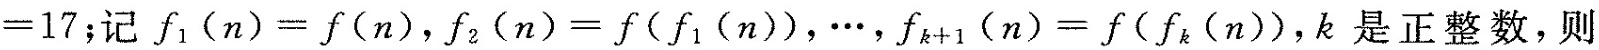
=17；记$$f_{1}(n)=f(n)$$，$$f_{2}(n)=f(f_{1}(n))^{3}$$，\cdots ，f_{k+1}(n)=f(f_{k}(n))，k是正整数，则